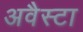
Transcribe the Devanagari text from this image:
अवैस्टा